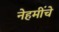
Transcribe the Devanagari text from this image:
नेहमींचे